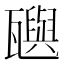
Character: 𬎰